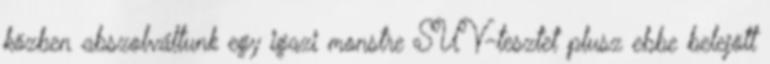
közben abszolváltunk egy igazi monstre SUV-tesztet plusz ebbe belejött